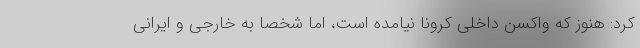
کرد: هنوز که واکسن داخلی کرونا نیامده است، اما شخصا به خارجی و ایرانی